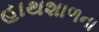
હાથશાળના